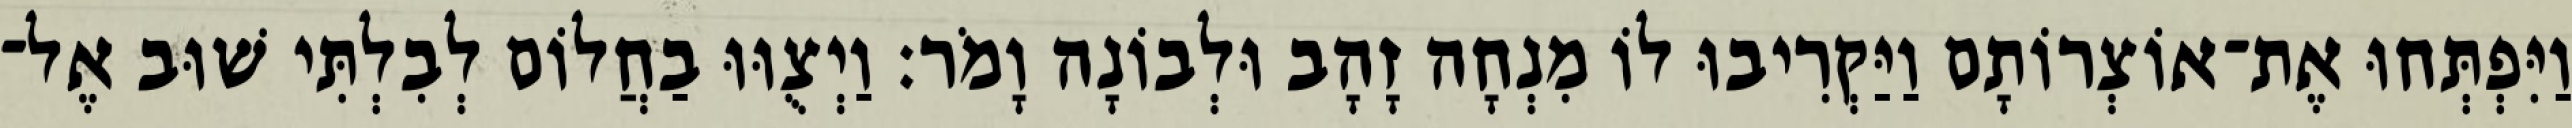
וַיִּפְתְּחוּ אֶת־אוֹצְרוֹתָם וַיַּקְרִיבוּ לוֹ מִנְחָה זָהָב וּלְבוֹנָה וָמֹר׃ וַיְצֻוּוּ בַחֲלוֹם לְבִלְתִּי שׁוּב אֶל־